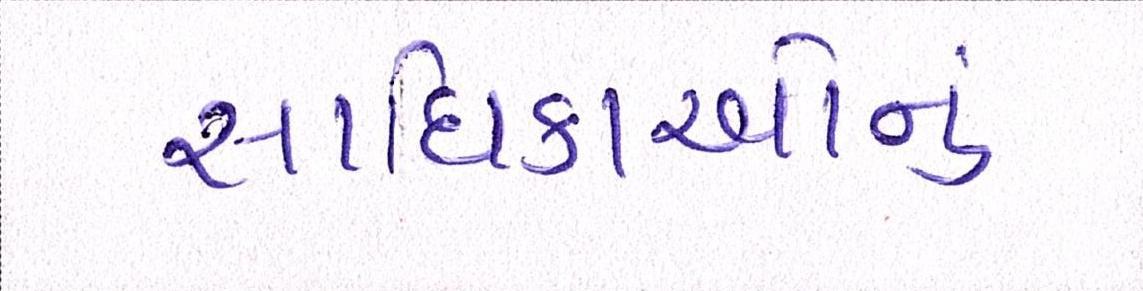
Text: સાધિકાઓનું